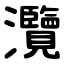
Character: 灠